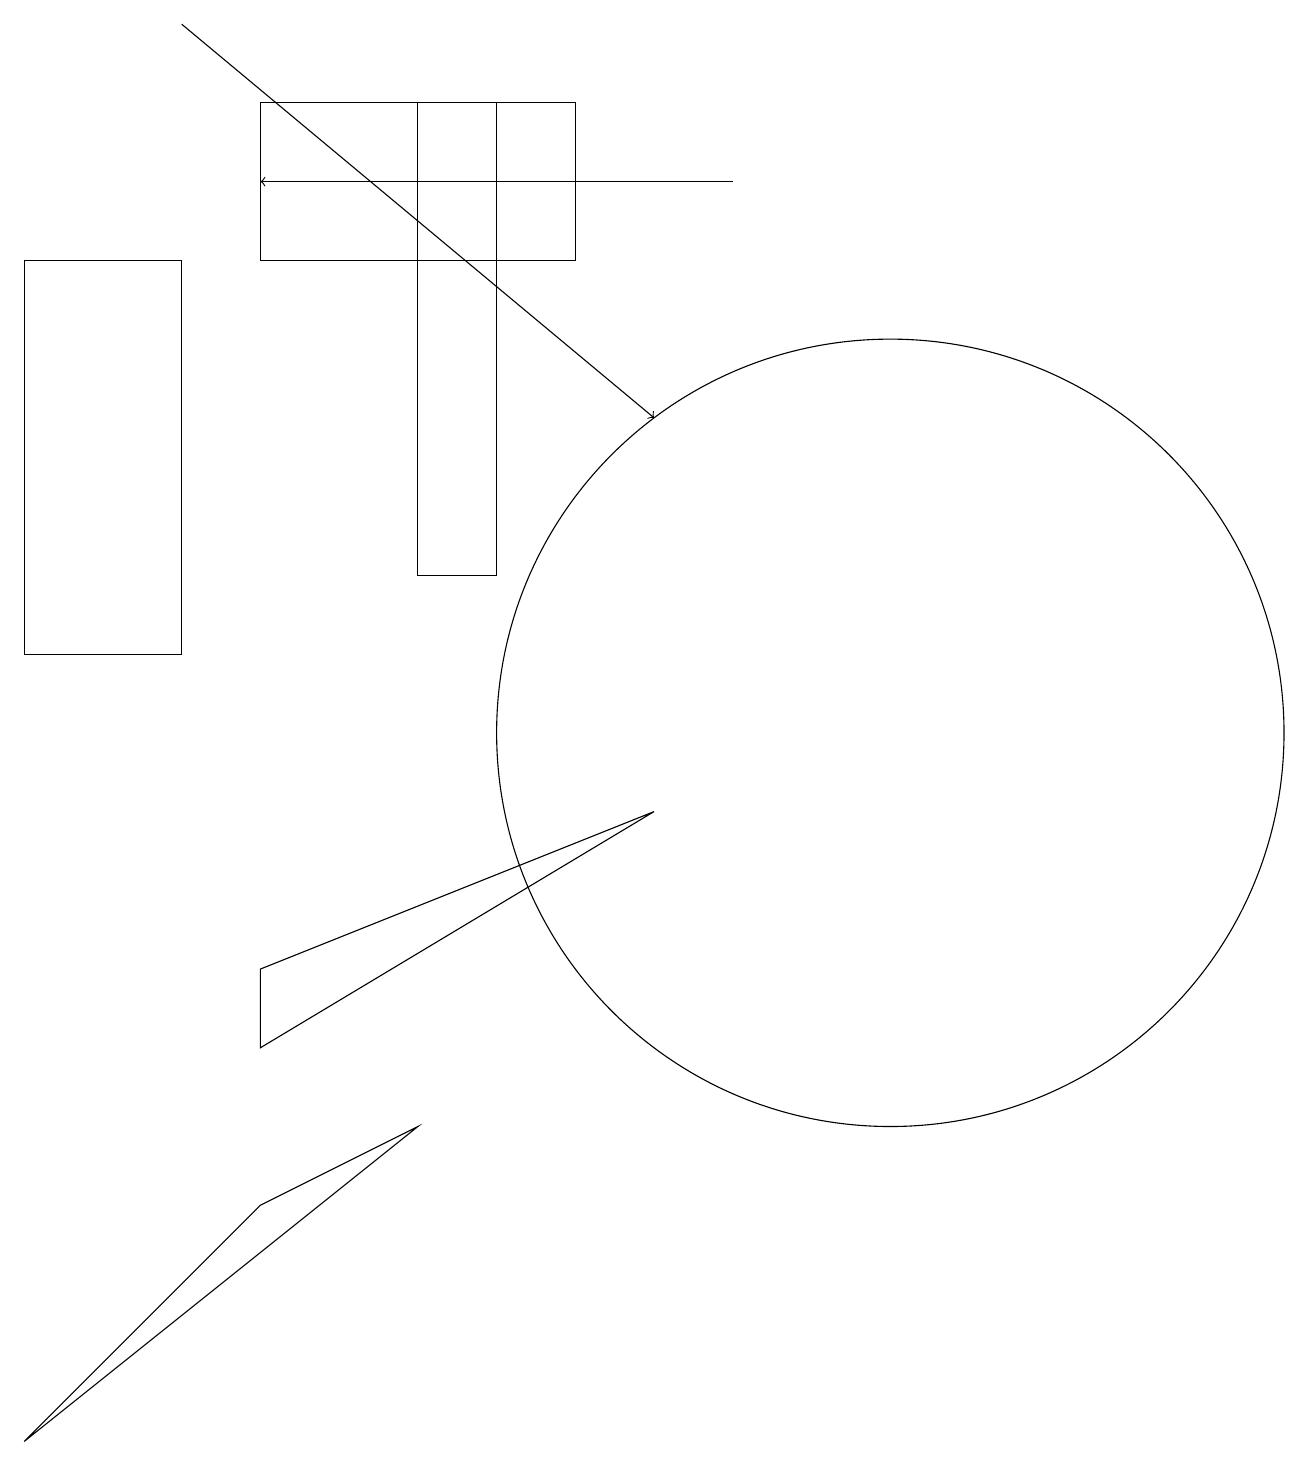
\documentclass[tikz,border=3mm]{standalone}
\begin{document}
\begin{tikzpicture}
\draw (5,12) rectangle (6,18);
\draw (11,10) circle (5);
\draw (7,16) rectangle (3,18);
\draw (0,16) rectangle (2,11);
\draw[->] (9,17) -- (3,17);
\draw[->] (2,19) -- (8,14);
\draw (3,7) -- (8,9) -- (3,6) -- cycle;
\draw (0,1) -- (3,4) -- (5,5) -- cycle;
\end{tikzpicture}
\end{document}